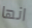
انها